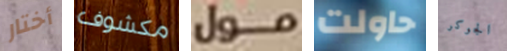
أختار مكشوف مول حاولت الجوكر